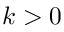
k > 0